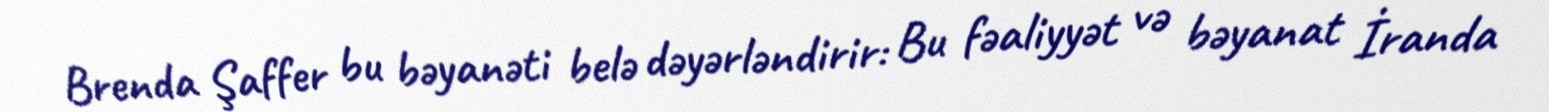
Brenda Şaffer bu bəyanəti belə dəyərləndirir: Bu fəaliyyət və bəyanat İranda